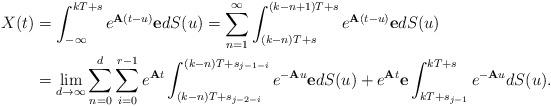
LaTeX: \begin{align*}X(t)&=\int_{-\infty}^{kT+s}e^{{\bf A}(t-u)}{\bf e}dS(u)=\sum_{n=1}^{\infty}\int_{(k-n)T+s}^{(k-n+1)T+s}e^{{\bf A}(t-u)}{\bf e}dS(u)\\&=\lim_{d\rightarrow\infty}\sum_{n=0}^{d}\sum_{i=0}^{r-1}e^{{\bf A}t}\int_{(k-n)T+s_{j-2-i}}^{(k-n)T+s_{j-1-i}}e^{-{\bf A}u}{\bf e}dS(u)+e^{{\bf A}t}{\bf e}\int_{kT+s_{j-1}}^{kT+s}e^{-{\bf A}u}dS(u).\end{align*}